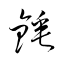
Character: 錘